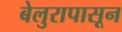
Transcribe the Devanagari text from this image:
बेलुरापासून